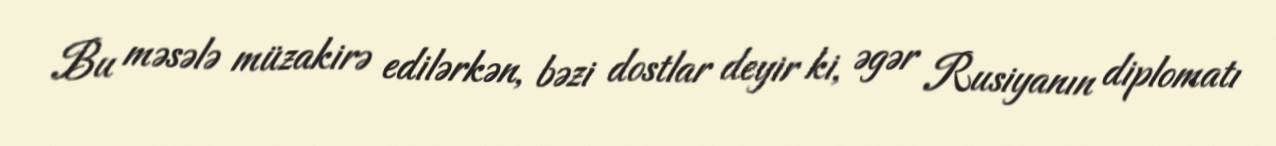
Bu məsələ müzakirə edilərkən, bəzi dostlar deyir ki, əgər Rusiyanın diplomatı